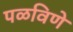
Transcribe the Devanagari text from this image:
पळविणे